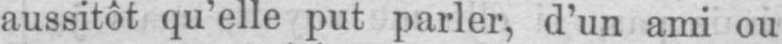
aussitôt qu’elle put parler, d’un ami ou